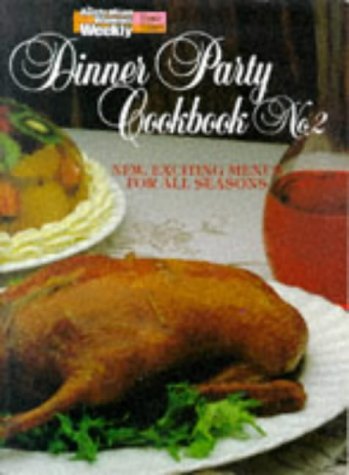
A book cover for Dinner Party Cookbook No.2 (Australian Women's Weekly) ("Australian Women's Weekly" Home Library); Australian Womens We; Cookbooks, Food & Wine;